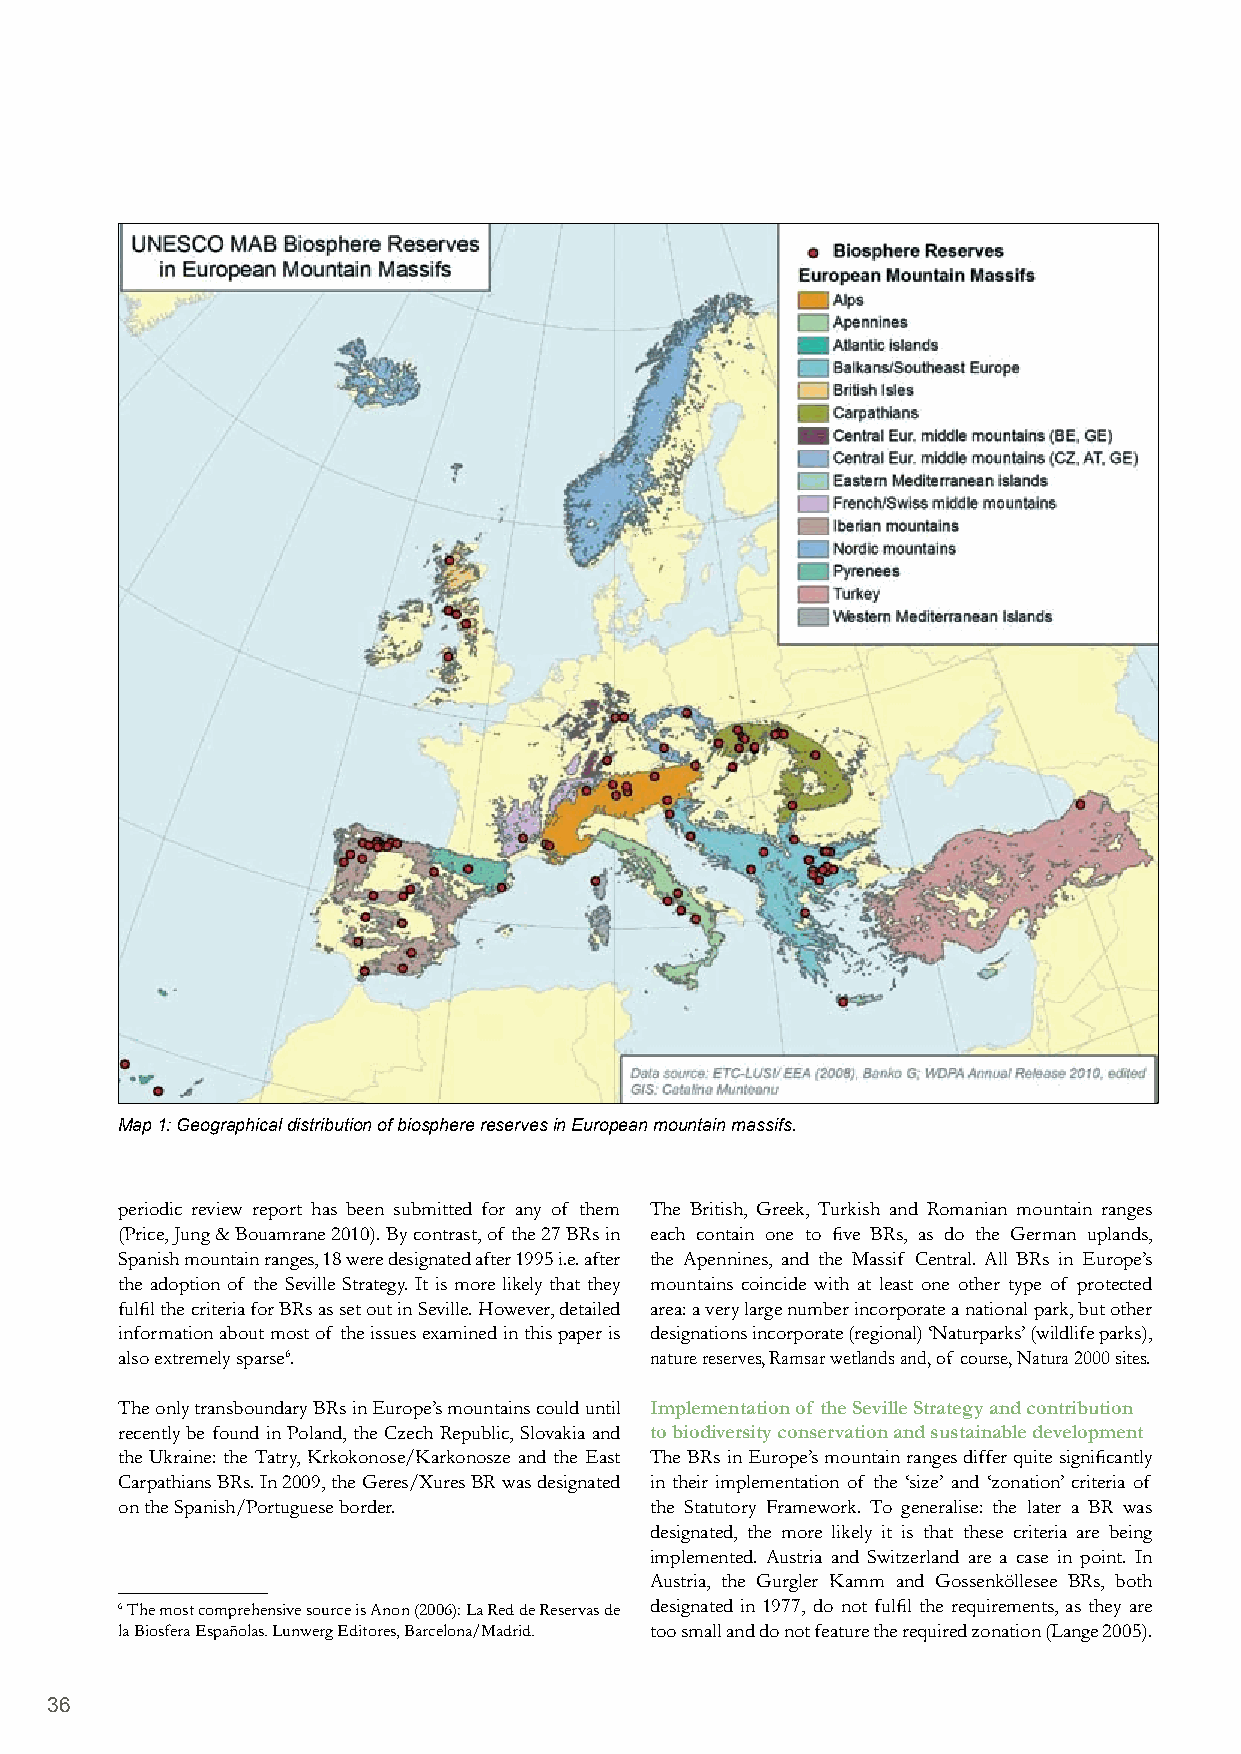
Map 1: Geographical distribution of biosphere reserves in European mountain massifs.
 periodic review report has been submitted for any of them The British, Greek, Turkish and Romanian mountain ranges
 (Price, Jung & Bouamrane 2010). By contrast, of the 27 BRs in each contain one to five BRs, as do the German uplands,
 Spanish mountain ranges, 18 were designated after 1995 i.e. after the Apennines, and the Massif Central. All BRs in Europe’s
 the adoption of the Seville Strategy. It is more likely that they mountains coincide with at least one other type of protected
 fulfil the criteria for BRs as set out in Seville. However, detailed area: a very large number incorporate a national park, but other
 information about most of the issues examined in this paper is designations incorporate (regional) ‘Naturparks’ (wildlife parks),
 also extremely sparse6.            nature reserves, Ramsar wetlands and, of course, Natura 2000 sites.
 The only transboundary BRs in Europe’s mountains could until Implementation of the Seville Strategy and contribution
 recently be found in Poland, the Czech Republic, Slovakia and to biodiversity conservation and sustainable development
 the Ukraine: the Tatry, Krkokonose/Karkonosze and the East The BRs in Europe’s mountain ranges differ quite significantly
 Carpathians BRs. In 2009, the Geres/Xures BR was designated in their implementation of the ‘size’ and ‘zonation’ criteria of
 on the Spanish/Portuguese border.  the Statutory Framework. To generalise: the later a BR was
 designated, the more likely it is that these criteria are being
 implemented. Austria and Switzerland are a case in point. In
 Austria, the Gurgler Kamm and Gossenköllesee BRs, both
 6 The most comprehensive source is Anon (2006): La Red de Reservas de designated in 1977, do not fulfil the requirements, as they are
 la Biosfera Españolas. Lunwerg Editores, Barcelona/Madrid. too small and do not feature the required zonation (Lange 2005).
 36